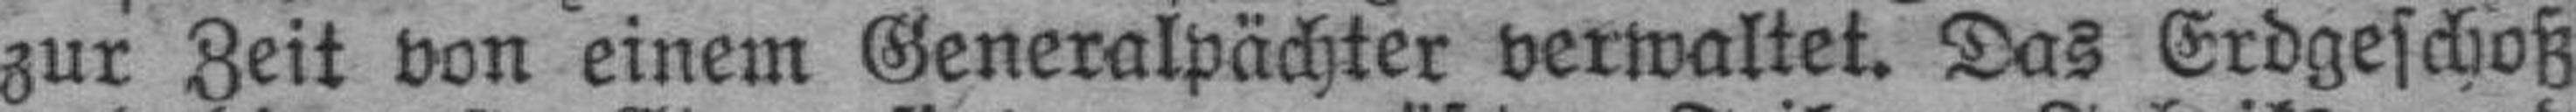
zur Zeit von einem Generalpächter verwaltet. Das Erdgeschoß